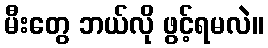
မီးတွေ ဘယ်လို ဖွင့်ရမလဲ။